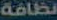
نظافة